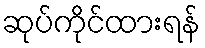
ဆုပ်ကိုင်ထားရန်